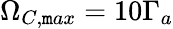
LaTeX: \Omega_{C,\mathtt{m}ax}=10\Gamma_{a}